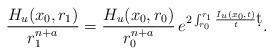
LaTeX: \begin{align*}\frac{H_u(x_0,r_1)}{r_1^{n+a}} = \frac{H_u(x_0,r_0)}{r_0^{n+a}}\,e^{2\int_{r_0}^{r_1} \frac{I_u(x_0,t)}{t} \d t}.\end{align*}